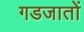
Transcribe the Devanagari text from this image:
गडजातों